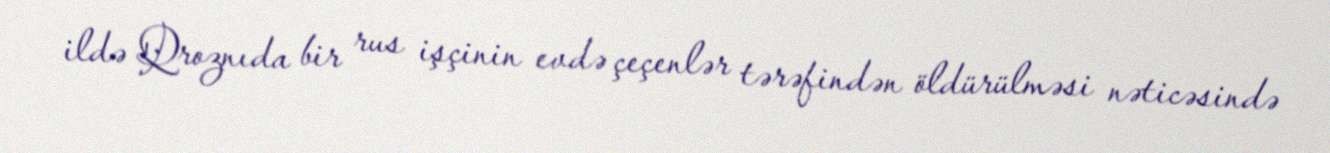
ildə Qroznıda bir rus işçinin evdə çeçenlər tərəfindən öldürülməsi nəticəsində